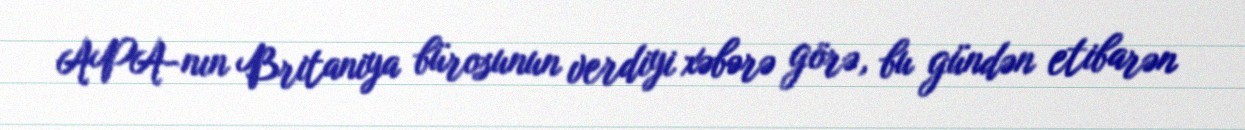
APA-nın Britaniya bürosunun verdiyi xəbərə görə, bu gündən etibarən